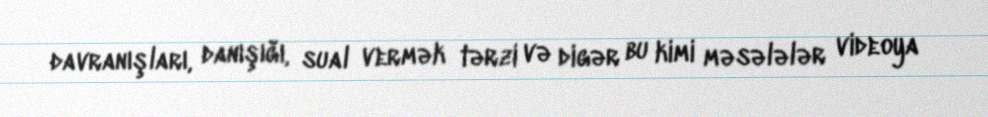
davranışları, danışığı, sual vermək tərzi və digər bu kimi məsələlər videoya